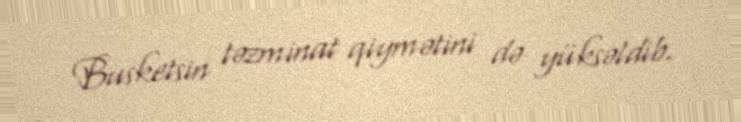
Busketsin təzminat qiymətini də yüksəldib.